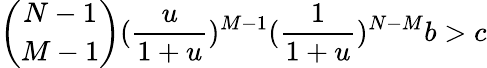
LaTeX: \binom{N-1}{M-1}(\frac{u}{1+u})^{M-1}(\frac{1}{1+u})^{N-M}b>c